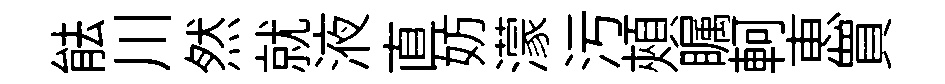
䏻川然就液直妨濛污頰瞩軻恵買